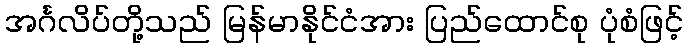
အင်္ဂလိပ်တို့သည် မြန်မာနိုင်ငံအား ပြည်ထောင်စု ပုံစံဖြင့်